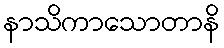
နာသိကာသောတာနိ